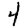
Digit: 4